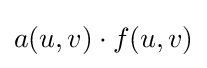
a(u,v)\cdot f(u,v)